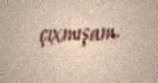
çıxmışam.